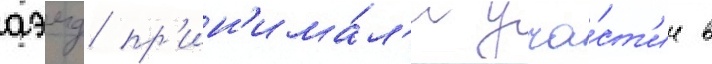
аэмд пр'ин'има́л'и уча́ст'ие в